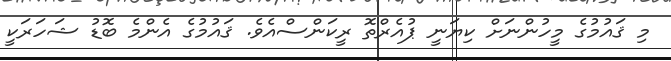
މި ޤައުމުގެ މީހުންނަށް ކިޔަނީ ޕުއެރްތޮ ރީކަންސްއެވެ. ޤައުމުގެ އެންމެ ބޮޑު ޝަހަރަކީ